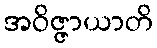
အဝိဇ္ဇာယာတိ